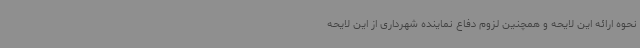
نحوه ارائه‌ این لایحه و همچنین لزوم دفاع نماینده شهرداری از این لایحه